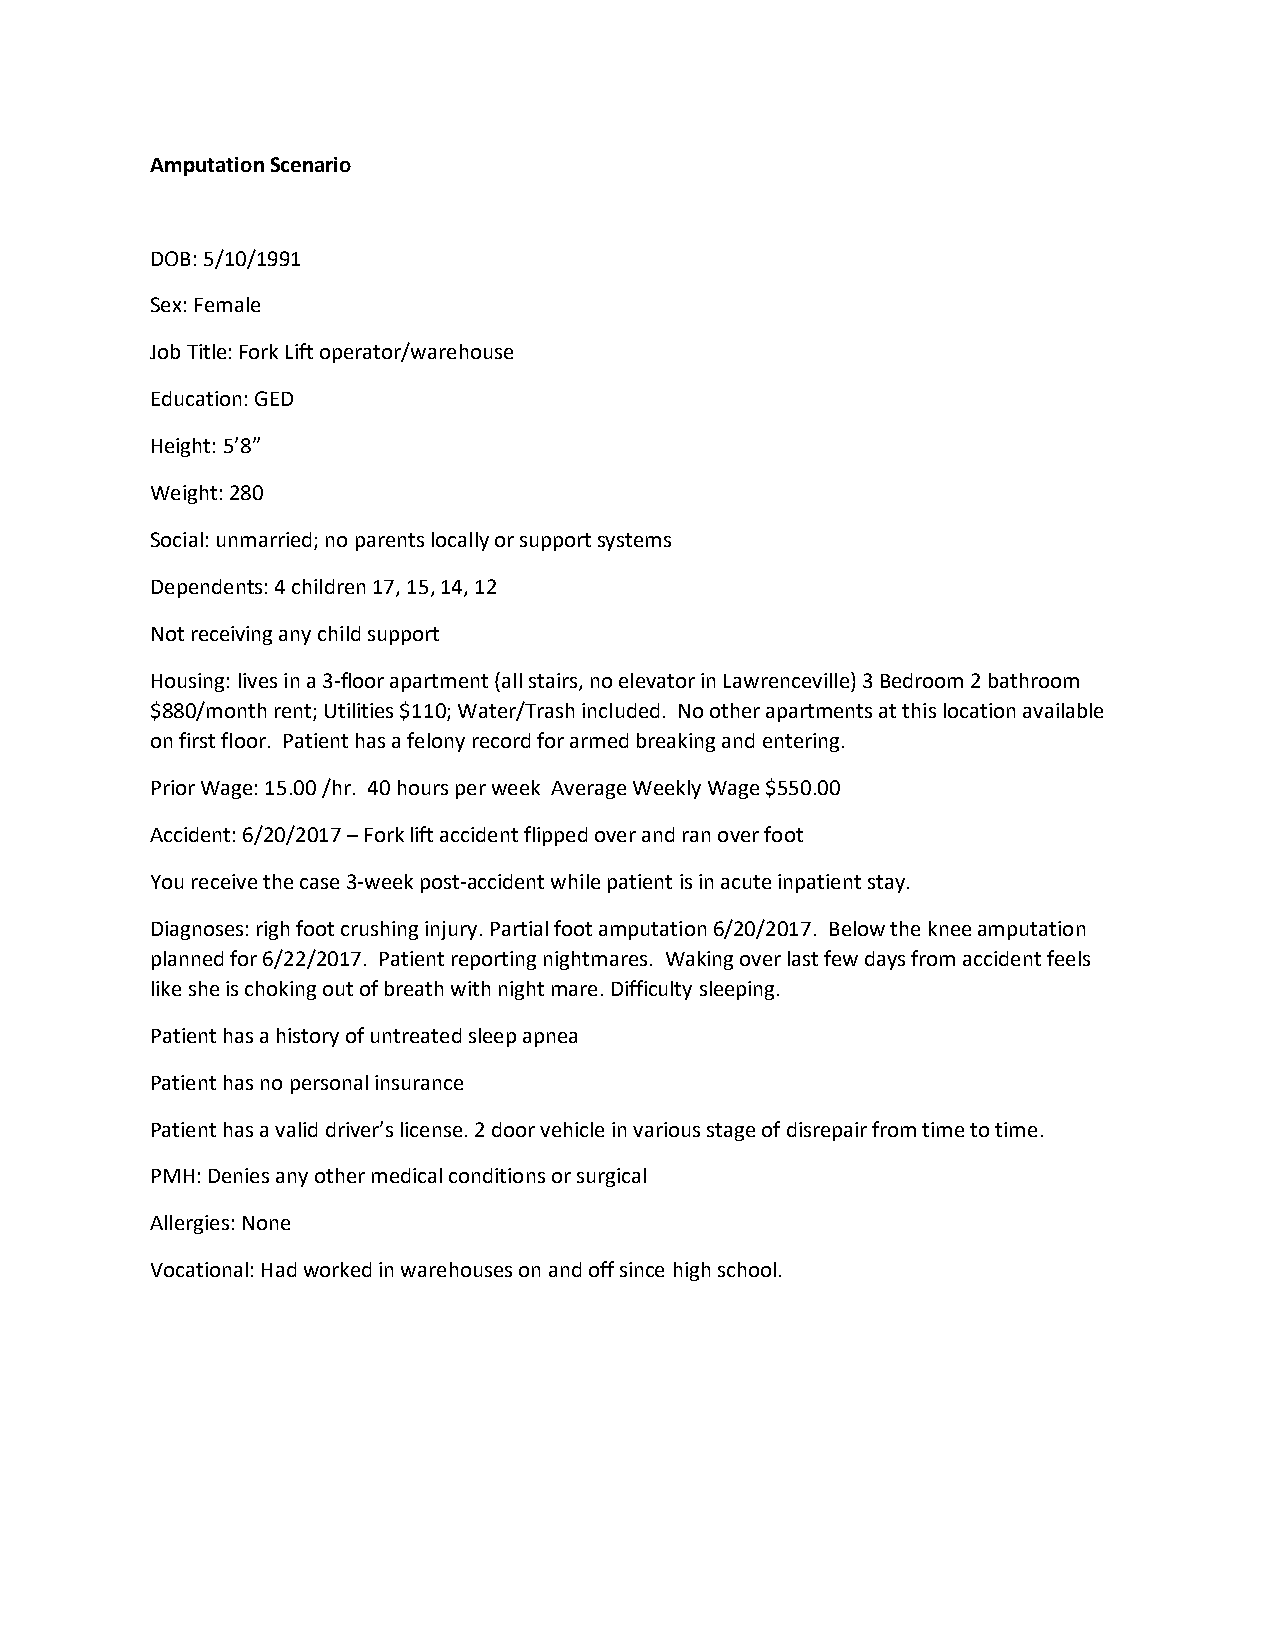
Amputation Scenario
 DOB: 5/10/1991
 Sex: Female
 Job Title: Fork Lift operator/warehouse
 Education: GED
 Height: 5’8”
 Weight: 280
 Social: unmarried; no parents locally or support systems
 Dependents: 4 children 17, 15, 14, 12
 Not receiving any child support
 Housing: lives in a 3-floor apartment (all stairs, no elevator in Lawrenceville) 3 Bedroom 2 bathroom
 $880/month rent; Utilities $110; Water/Trash included. No other apartments at this location available
 on first floor. Patient has a felony record for armed breaking and entering.
 Prior Wage: 15.00 /hr. 40 hours per week Average Weekly Wage $550.00
 Accident: 6/20/2017 – Fork lift accident flipped over and ran over foot
 You receive the case 3-week post-accident while patient is in acute inpatient stay.
 Diagnoses: righ foot crushing injury. Partial foot amputation 6/20/2017. Below the knee amputation
 planned for 6/22/2017. Patient reporting nightmares. Waking over last few days from accident feels
 like she is choking out of breath with night mare. Difficulty sleeping.
 Patient has a history of untreated sleep apnea
 Patient has no personal insurance
 Patient has a valid driver’s license. 2 door vehicle in various stage of disrepair from time to time.
 PMH: Denies any other medical conditions or surgical
 Allergies: None
 Vocational: Had worked in warehouses on and off since high school.